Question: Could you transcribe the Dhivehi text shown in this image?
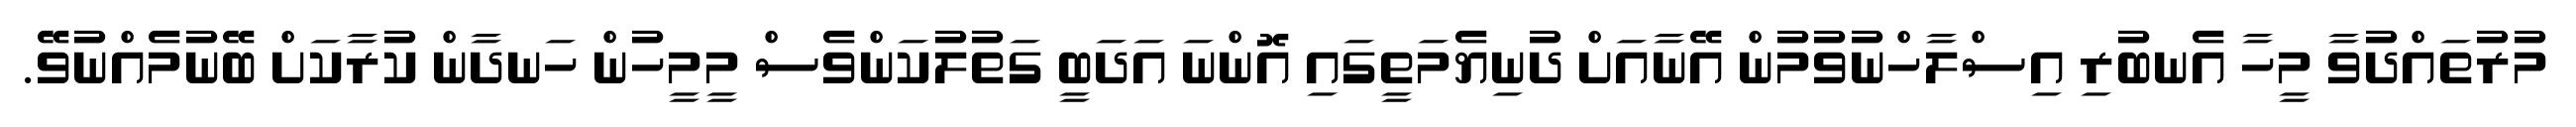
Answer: މުރުތައްދުވާ މީހާ އެނބުރި އިސްލާހްނުވުމުން އޭނާއަށް ދުނިޔެމަތީގައި އޮންނަ އަދަބީ ގަތުލުކަންވެސް މީމީހުން ހަނދާން ކުރާކަށް ބޭނުމެއްނުވޭ.